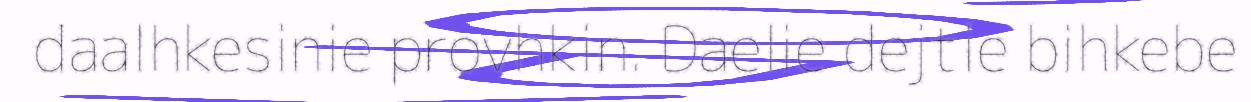
daalhkesinie provhkin. Daelie dejtie bihkebe